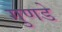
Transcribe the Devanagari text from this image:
गुणडे